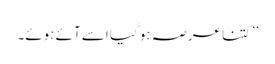
’’کتنا عرصہ ہو گیا اسے آئے ہوئے۔